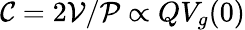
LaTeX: \mathcal{C}=2\mathcal{V}/\mathcal{P}\propto QV_{g}(0)